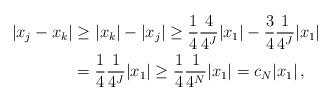
LaTeX: \begin{align*} |x_j-x_k|&\ge |x_k|-|x_j|\ge \frac{1}{4}\frac{4}{4^J}|x_1|-\frac34\frac{1}{4^J}|x_1| \\&=\frac{1}{4}\frac{1}{4^J}|x_1|\ge \frac{1}{4}\frac{1}{4^N}|x_1|=c_N|x_1|\,,\end{align*}